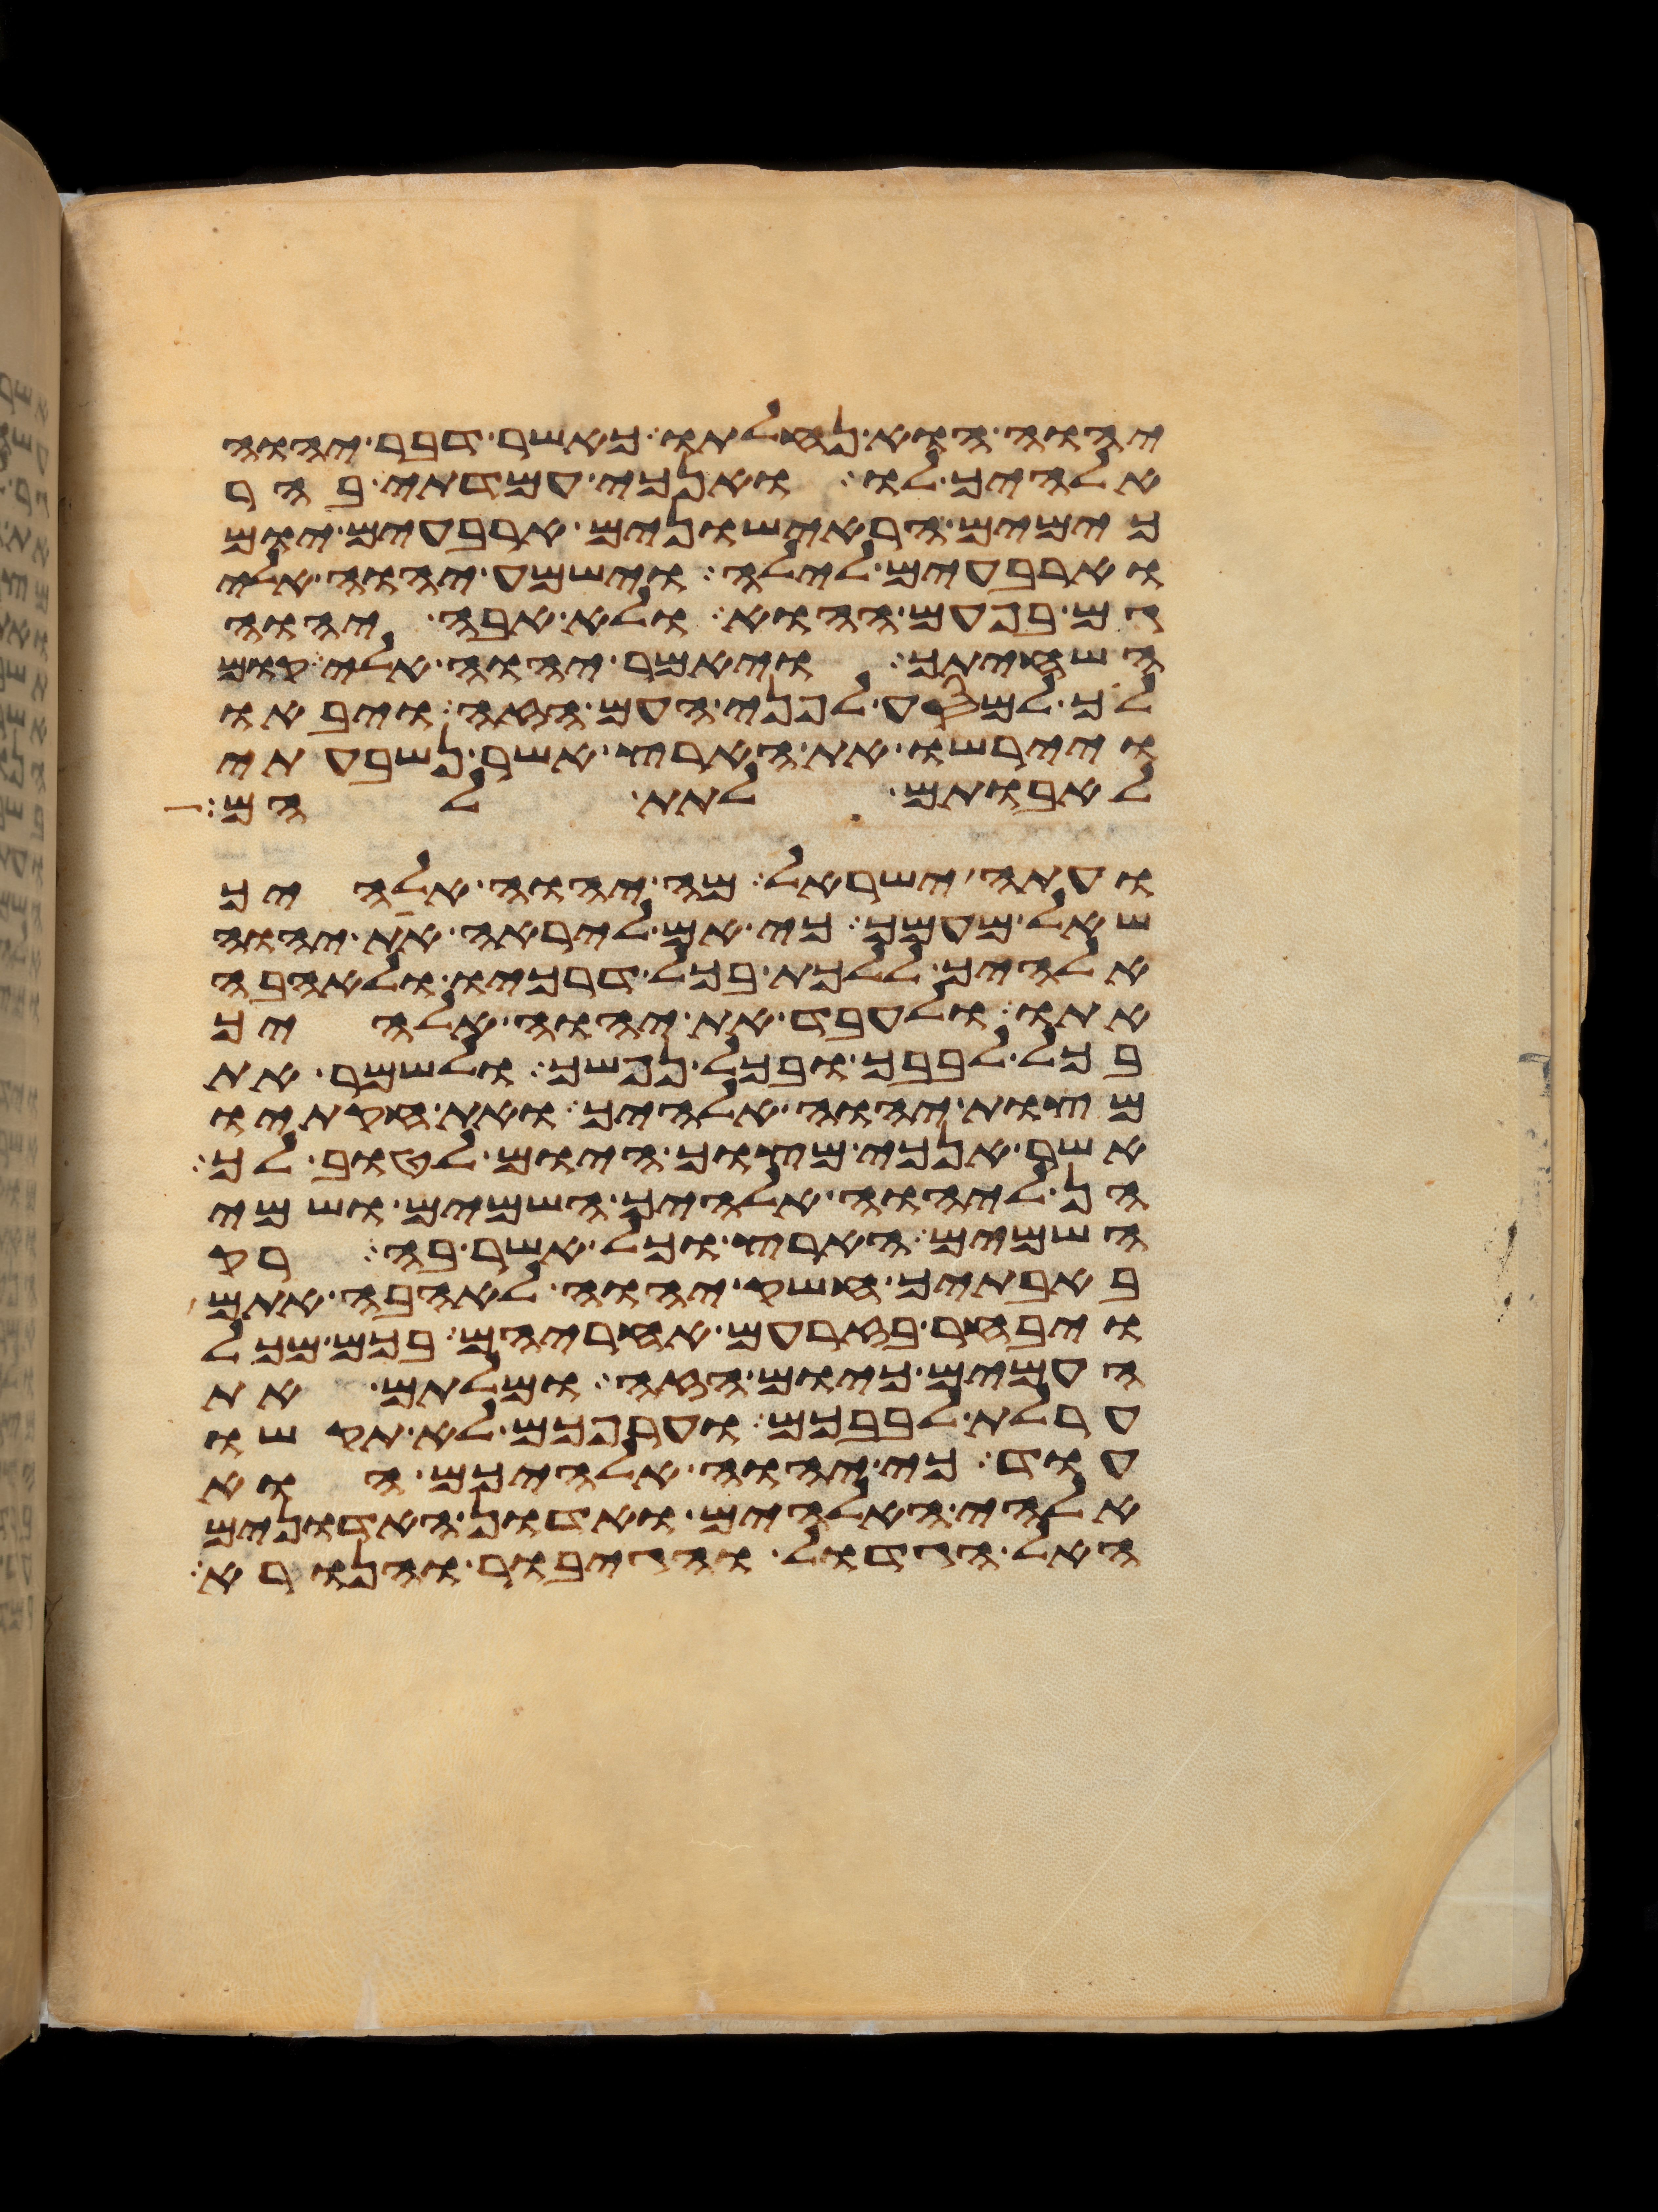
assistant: יהוה הוא נחלתו כאשר דבר יהוה
אלהיך לו ואנכי עמדתי בהר
כימים הראישונים ארבעים יום
וארבעים לילה וישמע יהוה אלי
גם בפעם ההוא ולא אבה יהוה
השחיתך ויאמר יהוה אלי קום
לך למסע לפני העם הזה ויבאו
ויירשו את הארץ אשר נשבעתי
לאבותם לתת להם
ועתה ישראל מה יהוה אלהיך
שאל מעמך כי אם ליראה את יהוה
אלהיך ללכת בכל דרכיו ולאהבה
אתו ולעבד את יהוה אלהיך
בכל לבבך ובכל נפשך ולשמר את
מצות יהוה אלהיך ואת חקתיו
אשר אנכי מצוך היום לטוב לך
הן ליהוה אלהיך השמים ושמי
השמים הארץ וכל אשר בה רק
באבתיך חשק יהוה לאהבה אתם
ויבחר בזרעם אחריהם בכם מכל
העמים כיום הזה ומלתם את
ערלת לבבכם וערפכם לא תקשו
עוד כי יהוה אלהיכם הוא
אלהי האלהים ואדון האדונים
האל הגדול והגיבור והנורא